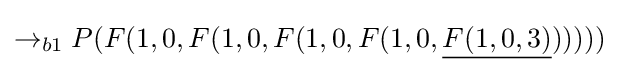
\rightarrow _{b1}P(F(1,0,F(1,0,F(1,0,F(1,0,{\underline {F(1,0,3)}})))))